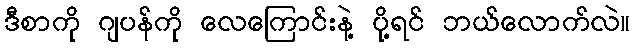
ဒီစာကို ဂျပန်ကို လေကြောင်းနဲ့ ပို့ရင် ဘယ်လောက်လဲ။